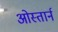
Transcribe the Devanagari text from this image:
ओस्तार्न